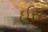
ઈસ